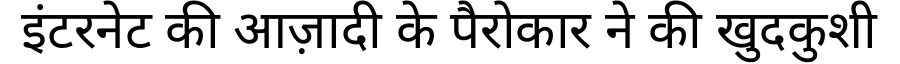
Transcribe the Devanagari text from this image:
इंटरनेट की आज़ादी के पैरोकार ने की खुदकुशी